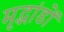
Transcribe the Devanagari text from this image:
मृद्भांडों